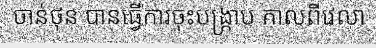
ចាន់ថុន បានធ្វើការចុះបង្ក្រាប កាលពីវេលា